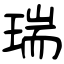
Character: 瑞